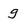
Character: g